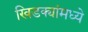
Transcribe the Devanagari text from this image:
खिडक्यांमध्ये